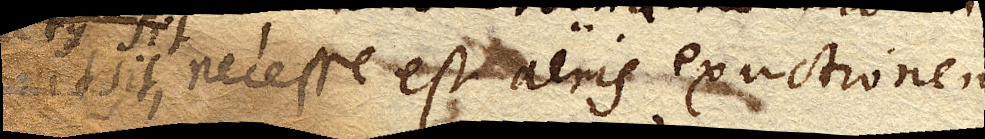
necesse est aeris exuctionem